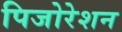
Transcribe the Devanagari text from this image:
पिजोरेशन